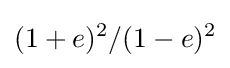
(1+e)^{2}/(1-e)^{2}